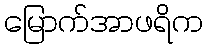
မြောက်အာဖရိက